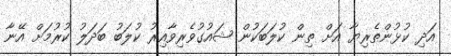
އަދި ކުޅުންތެރިޔާ އަށް ތިން ކުލަބަކުން ޝައުގުވެރިވާއިރު ކުލަބު ބަދަލު ކުރުމަށް އޭނާ